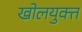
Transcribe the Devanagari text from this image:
खोलयुक्त